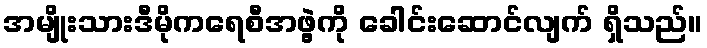
အမျိုးသားဒီမိုကရေစီအဖွဲ့ကို ခေါင်းဆောင်လျက် ရှိသည်။